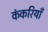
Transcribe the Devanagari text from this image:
कंकरियाँ